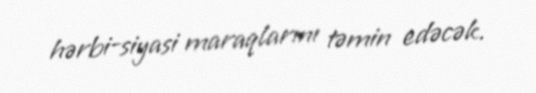
hərbi-siyasi maraqlarını təmin edəcək.